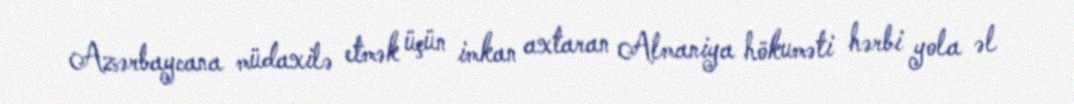
Azərbaycana müdaxilə etmək üçün imkan axtaran Almaniya hökuməti hərbi yola əl